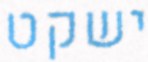
ישקט